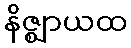
နိဇ္ဈာယထ